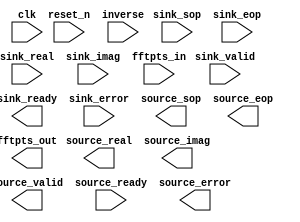

module fft_ip (
	clk,
	reset_n,
	sink_valid,
	sink_ready,
	sink_error,
	sink_sop,
	sink_eop,
	sink_real,
	sink_imag,
	fftpts_in,
	inverse,
	source_valid,
	source_ready,
	source_error,
	source_sop,
	source_eop,
	source_real,
	source_imag,
	fftpts_out);	

	input		clk;
	input		reset_n;
	input		sink_valid;
	output		sink_ready;
	input	[1:0]	sink_error;
	input		sink_sop;
	input		sink_eop;
	input	[31:0]	sink_real;
	input	[31:0]	sink_imag;
	input	[18:0]	fftpts_in;
	input	[0:0]	inverse;
	output		source_valid;
	input		source_ready;
	output	[1:0]	source_error;
	output		source_sop;
	output		source_eop;
	output	[31:0]	source_real;
	output	[31:0]	source_imag;
	output	[18:0]	fftpts_out;
endmodule